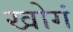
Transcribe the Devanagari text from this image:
खोगं